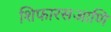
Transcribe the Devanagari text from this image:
शिफारसआणि